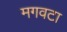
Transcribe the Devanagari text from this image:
मगवटा